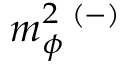
m _ { \phi } ^ { 2 \ ( - ) }